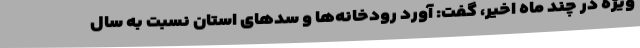
ویژه در چند ماه اخیر، گفت: آورد رودخانه‌ها و سدهای استان نسبت به سال